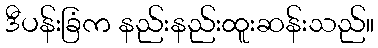
ဒီပန်းခြံက နည်းနည်းထူးဆန်းသည်။